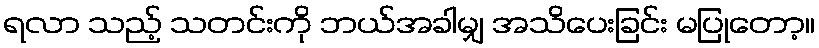
ရလာ သည့် သတင်းကို ဘယ်အခါမျှ အသိပေးခြင်း မပြုတော့။